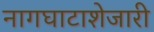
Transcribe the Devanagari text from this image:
नागघाटाशेजारी